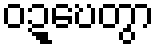
ဝဍ္ဎေတွာ